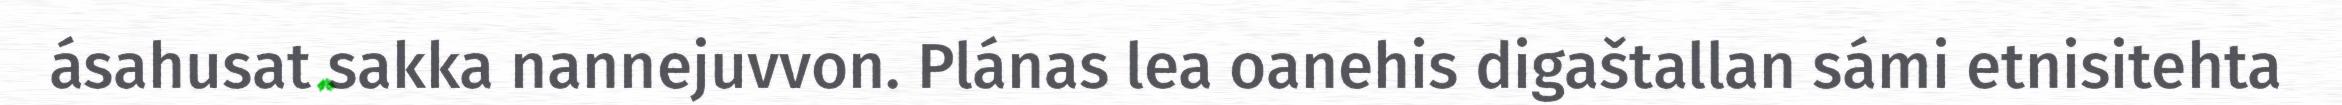
ásahusat sakka nannejuvvon. Plánas lea oanehis digaštallan sámi etnisitehta